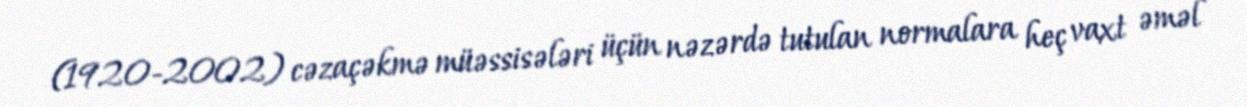
(1920-2002) cəzaçəkmə müəssisələri üçün nəzərdə tutulan normalara heç vaxt əməl